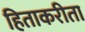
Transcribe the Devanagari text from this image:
हिताकरीता